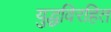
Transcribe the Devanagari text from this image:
युद्धविरहित